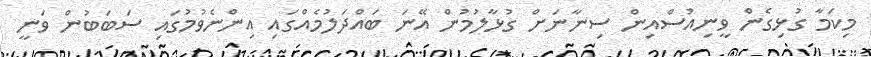
މިކަމާ ގުޅިގެން ވީނިއުސްއިން ސިނާނަށް ގުޅާލުމުން އޭނަ ބައްދަލުމެއްގައި އިންނެވުމުގައި ސަބަބުން ވަނީ